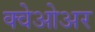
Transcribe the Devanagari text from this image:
क्वेओअर